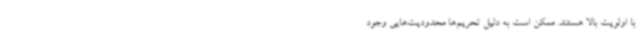
با اولویت بالا هستند. ممکن است به دلیل تحریم‌ها محدودیت‌هایی وجود